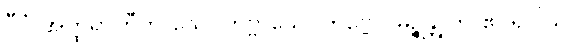
ဂီဝံ အတ္ထရာဟီတိ သေဝိတဗ္ဗာသေဝိတဗ္ဗေ ပမုဉ္စန္တူတိ ဧဝရူပါယပိ